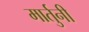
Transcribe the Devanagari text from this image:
मार्तुनी